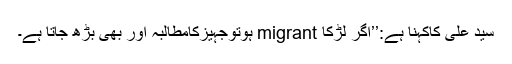
سید علی کاکہنا ہے:’’اگر لڑکا migrant ہوتوجہیزکامطالبہ اور بھی بڑھ جاتا ہے۔